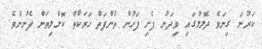
ކަރުނަ ގިނަވެ ދެލޮލުގައި ވިދަން ފެށި ފަހުން ތުންފަތް ހަރަކާތް ކޮށްލިތަން ފެނުނެވެ.